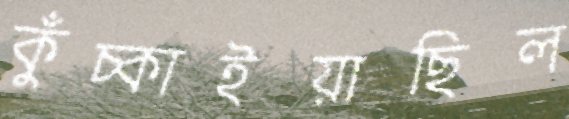
কুঁচ্‌কাইয়াছিল